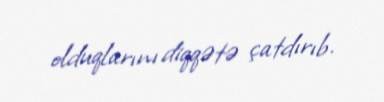
olduqlarını diqqətə çatdırıb.